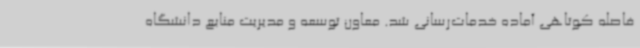
فاصله کوتاهی آماده خدمات‌رسانی شد. معاون توسعه و مدیریت منابع دانشگاه